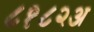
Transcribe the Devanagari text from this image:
८१८२अ